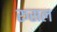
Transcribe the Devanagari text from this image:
रूसल